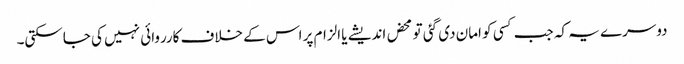
دوسرے یہ کہ جب کسی کو امان دی گئی تو محض اندیشے یا الزام پر اس کے خلاف کارروائی نہیں کی جاسکتی۔